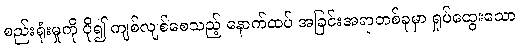
စည်းရုံးမှုကို ပို၍ ကျစ်လျစ်စေသည့် နောက်ထပ် အခြင်းအရာတစ်ခုမှာ ရှုပ်ထွေးသော